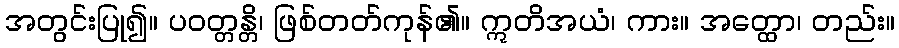
အတွင်းပြု၍။ ပဝတ္တန္တိ၊ ဖြစ်တတ်ကုန်၏။ ဣတိအယံ၊ ကား။ အတ္ထော၊ တည်း။